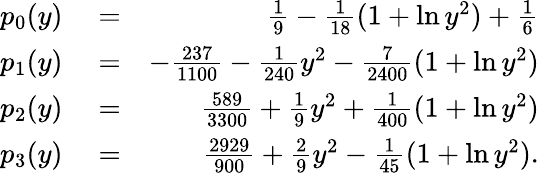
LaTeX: \begin{array}{rlr}{p_{0}(y)}&{{}=}&{\frac{1}{9}-\frac{1}{18}(1+\ln y^{2})+\frac{1}{6}}\\ {p_{1}(y)}&{{}=}&{-\frac{237}{1100}-\frac{1}{240}y^{2}-\frac{7}{2400}(1+\ln y^{2})}\\ {p_{2}(y)}&{{}=}&{\frac{589}{3300}+\frac{1}{9}y^{2}+\frac{1}{400}(1+\ln y^{2})}\\ {p_{3}(y)}&{{}=}&{\frac{2929}{900}+\frac{2}{9}y^{2}-\frac{1}{45}(1+\ln y^{2}).}\end{array}